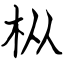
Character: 枞